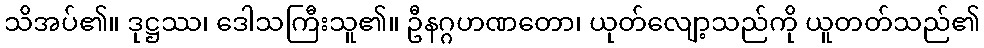
သိအပ်၏။ ဒုဋ္ဌဿ၊ ဒေါသကြီးသူ၏။ ဦနဂ္ဂဟဏတော၊ ယုတ်လျော့သည်ကို ယူတတ်သည်၏